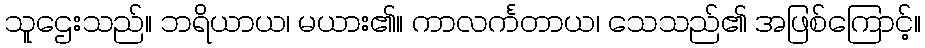
သူဌေးသည်။ ဘရိယာယ၊ မယား၏။ ကာလင်္ကတာယ၊ သေသည်၏ အဖြစ်ကြောင့်။